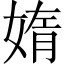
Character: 媠